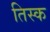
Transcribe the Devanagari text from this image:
तिस्क